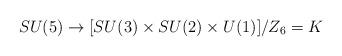
LaTeX: \begin{align*}SU(5) \rightarrow [ SU(3)\times SU(2)\times U(1) ]/Z_6 = K\end{align*}